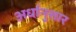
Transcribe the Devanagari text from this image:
अर्धानुसार